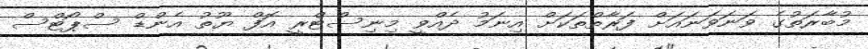
މުބާރަތުގެ ވަނަވަނައަށް ފަރާތްތަކަށް އިނަމު ދެއްވީ މިނިސްޓްރީ އޮފް ޔޫތު އެންޑް ސްޕޯޓްސް